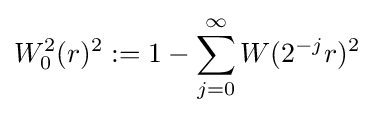
W_{0}^{2}(r)^{2}:=1-\sum _{j=0}^{\infty }W(2^{-j}r)^{2}